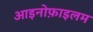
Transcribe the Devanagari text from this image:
आइनोफ़ाइलम